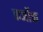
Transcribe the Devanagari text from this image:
कर्जोक